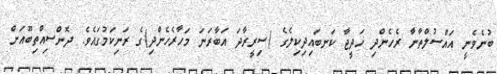
ބުނެވެނީ އައްސުލްތާނާ ރެހެންދި ޚަދީޖާ ކަނބައިދިކިލެގެ (ސިރީރާދަ އަބާރަނަ މަހާރެހެންދި)ގެ ރަނިކަމުގައެވެ. ދޮންސިއްތިބޫއަށް